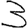
Digit: 3